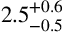
2 . 5 _ { - 0 . 5 } ^ { + 0 . 6 }